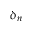
\delta _ { n }